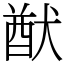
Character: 猷